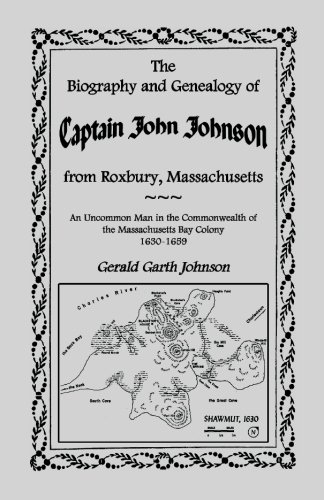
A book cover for The Biography and Genealogy of Captain John Johnson from Roxbury, Massachusetts: An Uncommon Man in the Commonwealth of the Massachusetts Bay Colony,; Gerald Garth Johnson; Biographies & Memoirs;